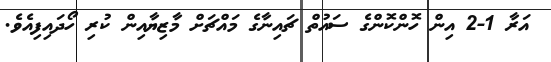
އަރާ 1-2 އިން ހޮންކޮންގެ ސައުތް ޗައިނާގެ މައްޗަށް މާޒިޔާއިން ކުރި ހޯދައިފިއެވެ.